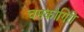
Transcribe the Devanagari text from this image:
चमकोगिरी